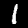
Label: 1